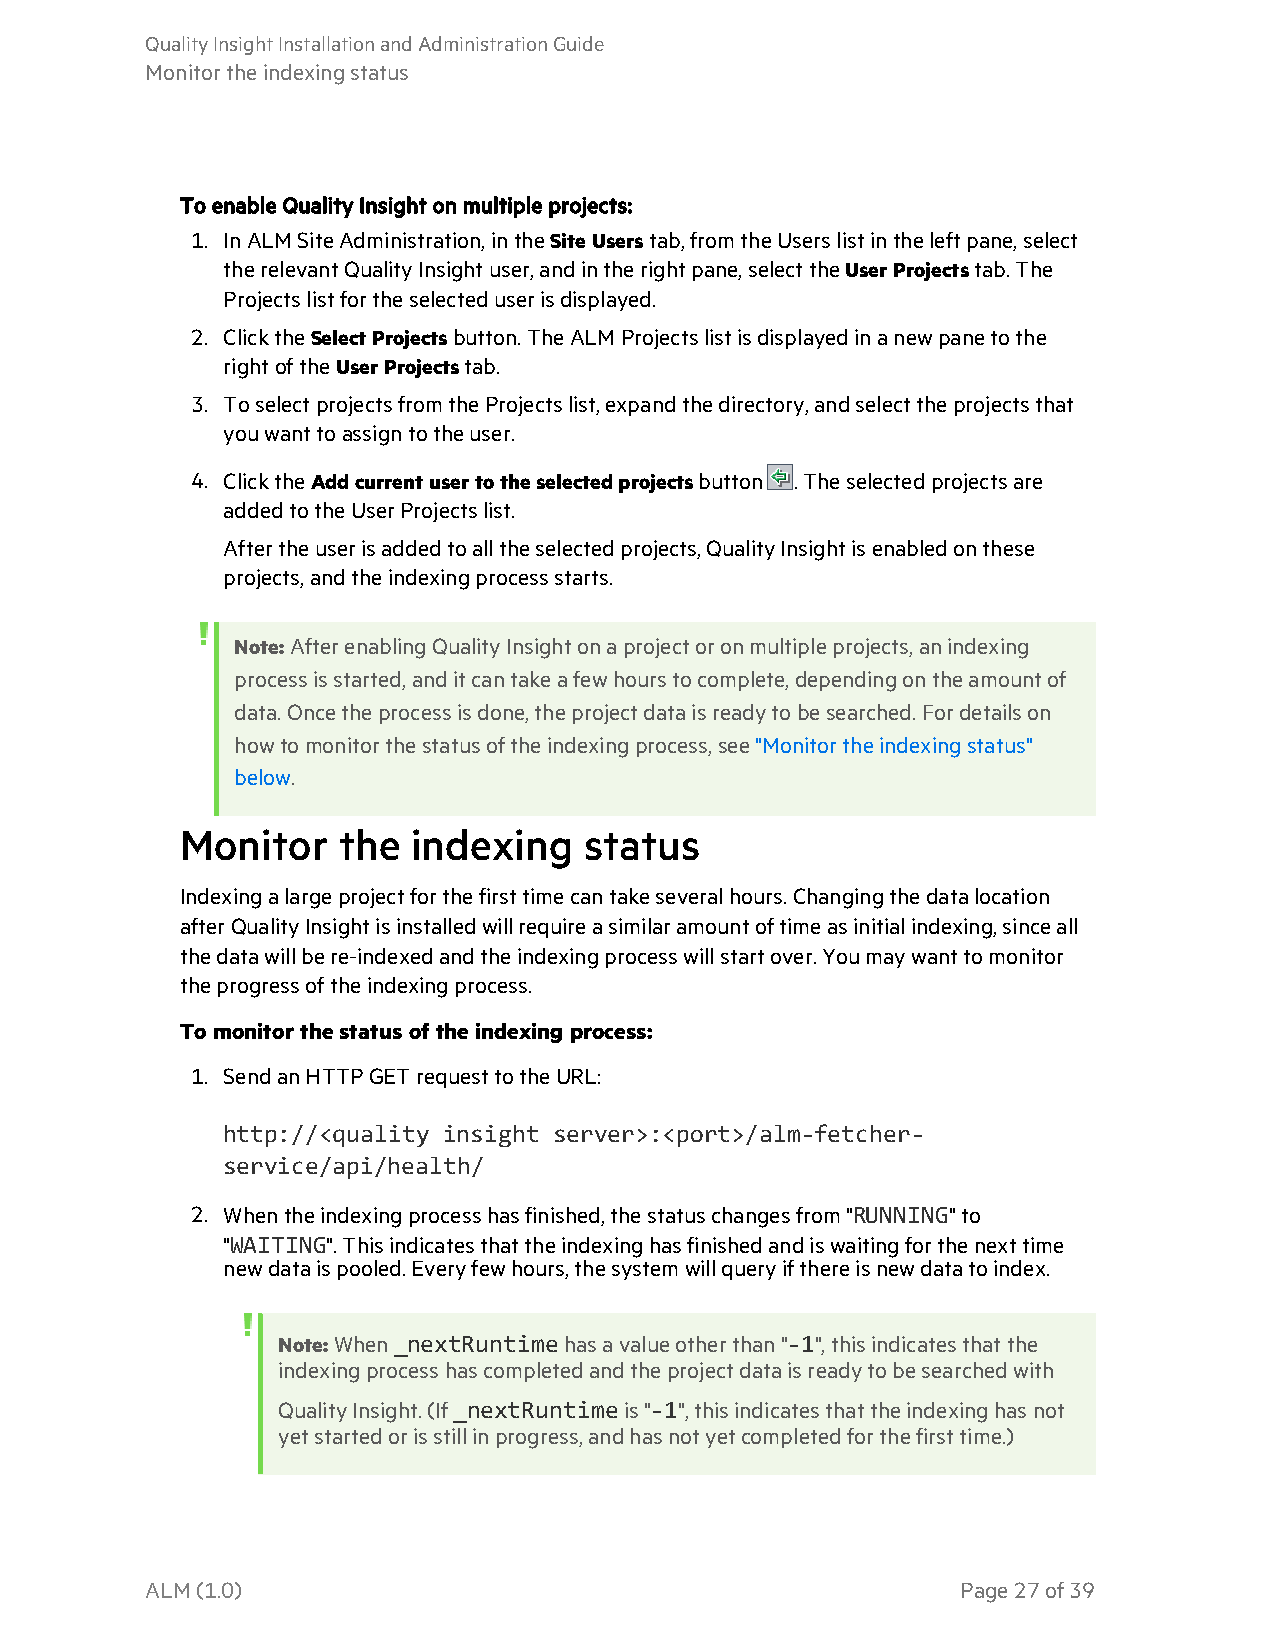
QualityInsightInstallationandAdministrationGuide
 Monitortheindexingstatus
 ToenableQualityInsightonmultipleprojects:
 1. InALM SiteAdministration,intheSiteUserstab,fromtheUserslistintheleftpane,select
 therelevantQualityInsightuser,andintherightpane,selecttheUserProjectstab.The
 Projectslistfortheselecteduserisdisplayed.
 2. ClicktheSelectProjectsbutton.TheALMProjectslistisdisplayedinanewpanetothe
 rightoftheUserProjectstab.
 3. ToselectprojectsfromtheProjectslist,expandthedirectory,andselecttheprojectsthat
 youwanttoassigntotheuser.
 4. ClicktheAddcurrentusertotheselectedprojectsbutton .Theselectedprojectsare
 addedtotheUserProjectslist.
 Aftertheuserisaddedtoalltheselectedprojects,QualityInsightisenabledonthese
 projects,andtheindexingprocessstarts.
 Note:AfterenablingQualityInsightonaprojectoronmultipleprojects,anindexing
 processisstarted,anditcantakeafewhourstocomplete,dependingontheamountof
 data.Oncetheprocessisdone,theprojectdataisreadytobesearched.Fordetailson
 howtomonitorthestatusoftheindexingprocess,see"Monitortheindexingstatus"
 below.
 Monitor   the  indexing    status
 Indexingalargeprojectforthefirsttimecantakeseveralhours.Changingthedatalocation
 afterQualityInsightisinstalledwillrequireasimilaramountoftimeasinitialindexing,sinceall
 thedatawillbere-indexedandtheindexingprocesswillstartover.Youmaywanttomonitor
 theprogressoftheindexingprocess.
 Tomonitorthestatusoftheindexingprocess:
 1. SendanHTTPGETrequesttotheURL:
 http://<quality insight server>:<port>/alm-fetcher-
 service/api/health/
 2. Whentheindexingprocesshasfinished,thestatuschangesfrom"RUNNING"to
 "WAITING".Thisindicatesthattheindexinghasfinishedandiswaitingforthenexttime
 newdataispooled.Everyfewhours,thesystemwillqueryifthereisnewdatatoindex.
 Note:When_nextRuntimehasavalueotherthan"-1",thisindicatesthatthe
 indexingprocesshascompletedandtheprojectdataisreadytobesearchedwith
 QualityInsight.(If_nextRuntimeis"-1",thisindicatesthattheindexinghasnot
 yetstartedorisstillinprogress,andhasnotyetcompletedforthefirsttime.)
 ALM(1.0)                                              Page27of39